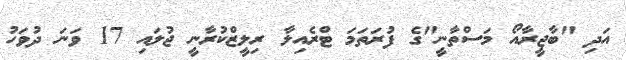
އަދި "ބާޖީރާއޯ މަސްތާނީ"ގެ ފުރަތަމަ ޓްރެއިލާ ރިލީޒްކުރާނީ ޖުލައި 17 ވަނަ ދުވަހު